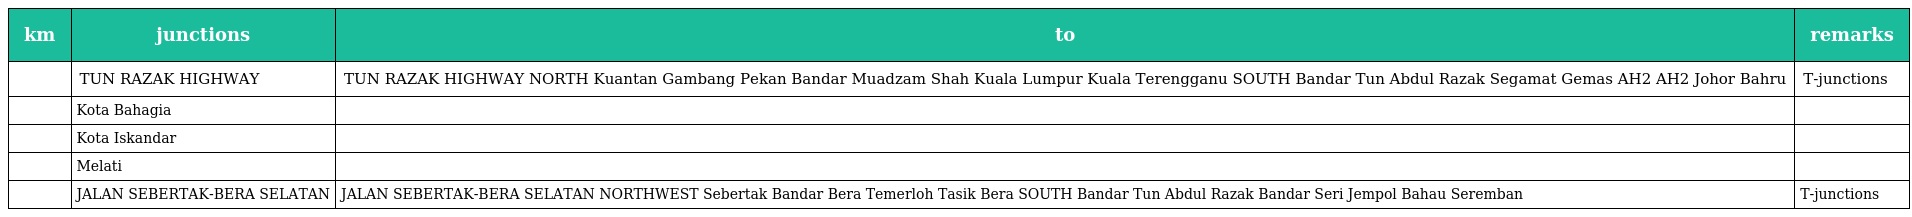
| km | junctions | to | remarks |
 | --- | --- | --- | --- |
 |  | TUN RAZAK HIGHWAY | TUN RAZAK HIGHWAY NORTH Kuantan Gambang Pekan Bandar Muadzam Shah Kuala Lumpur Kuala Terengganu SOUTH Bandar Tun Abdul Razak Segamat Gemas AH2 AH2 Johor Bahru | T-junctions |
 |  | Kota Bahagia |  |  |
 |  | Kota Iskandar |  |  |
 |  | Melati |  |  |
 |  | JALAN SEBERTAK-BERA SELATAN | JALAN SEBERTAK-BERA SELATAN NORTHWEST Sebertak Bandar Bera Temerloh Tasik Bera SOUTH Bandar Tun Abdul Razak Bandar Seri Jempol Bahau Seremban | T-junctions |